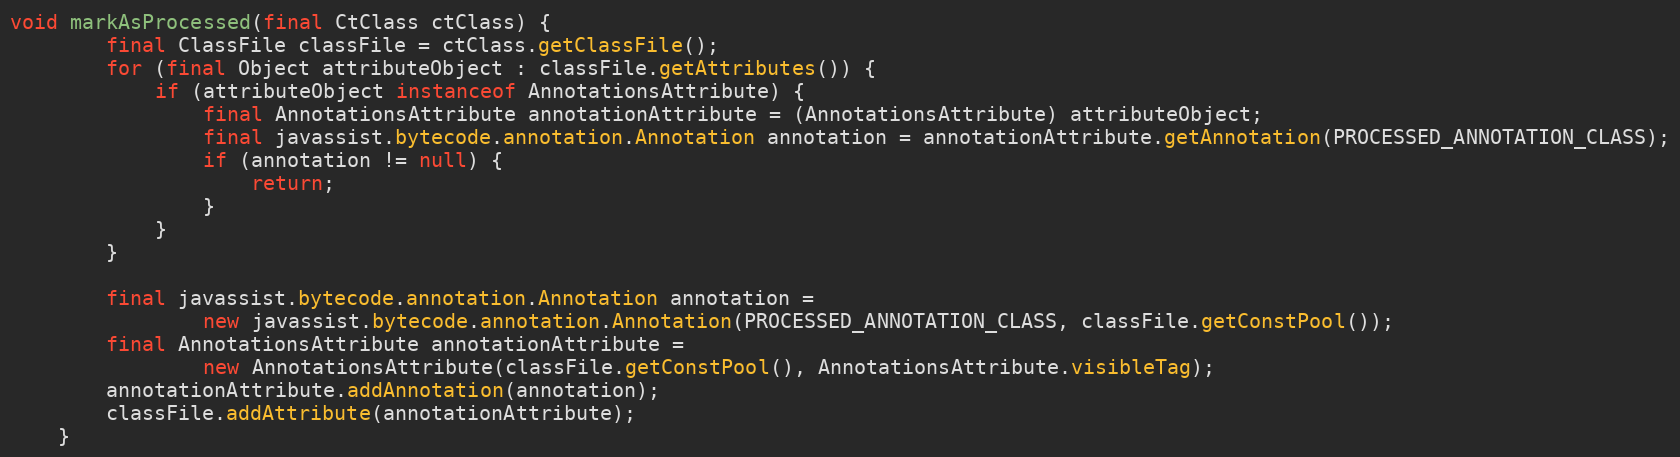
Language: Java
void markAsProcessed(final CtClass ctClass) {
        final ClassFile classFile = ctClass.getClassFile();
        for (final Object attributeObject : classFile.getAttributes()) {
            if (attributeObject instanceof AnnotationsAttribute) {
                final AnnotationsAttribute annotationAttribute = (AnnotationsAttribute) attributeObject;
                final javassist.bytecode.annotation.Annotation annotation = annotationAttribute.getAnnotation(PROCESSED_ANNOTATION_CLASS);
                if (annotation != null) {
                    return;
                }
            }
        }

        final javassist.bytecode.annotation.Annotation annotation =
                new javassist.bytecode.annotation.Annotation(PROCESSED_ANNOTATION_CLASS, classFile.getConstPool());
        final AnnotationsAttribute annotationAttribute =
                new AnnotationsAttribute(classFile.getConstPool(), AnnotationsAttribute.visibleTag);
        annotationAttribute.addAnnotation(annotation);
        classFile.addAttribute(annotationAttribute);
    }